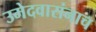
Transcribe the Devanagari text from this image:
उमेदवारांनाच